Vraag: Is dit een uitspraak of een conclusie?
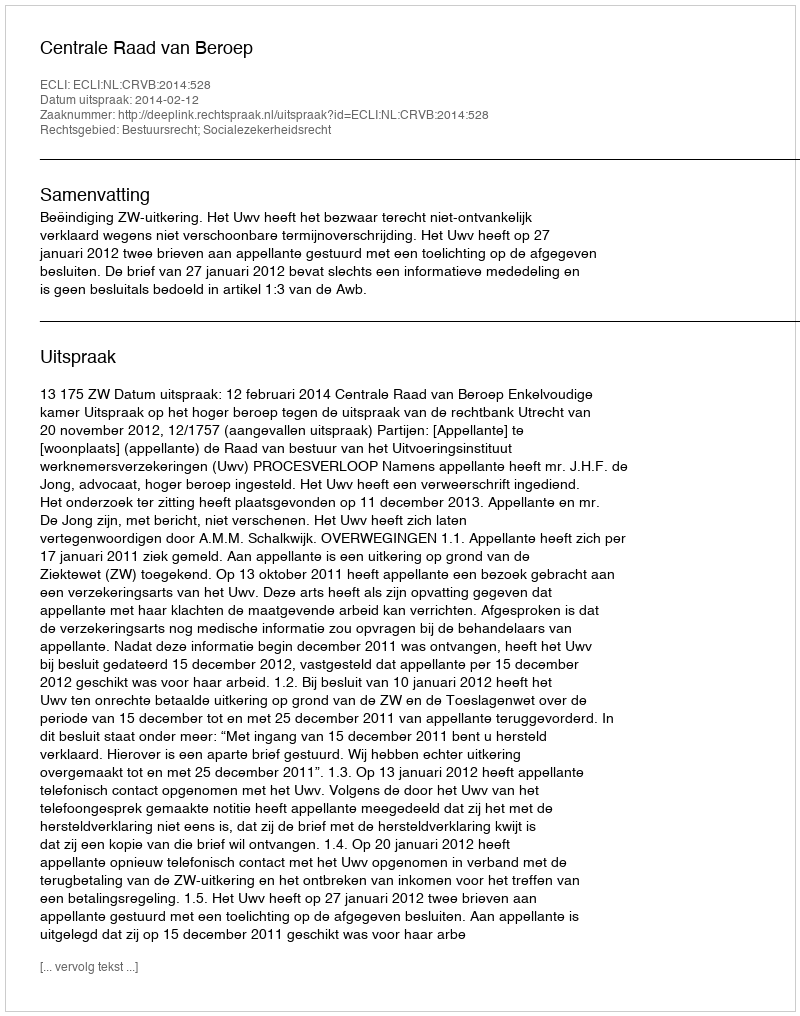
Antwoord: Uitspraak